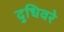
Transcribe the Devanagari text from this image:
दुधिवरे